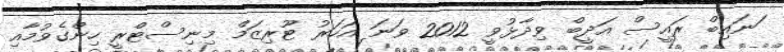
ަނައިބް ރައީސް އަދީބް ވިދާޅުވީ 2012 ވަނަ އަހަރު ޓޫރިޒަމް މިނިސްޓްރީ ހިންގެވުމާއި